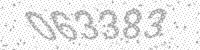
Solution: 063383